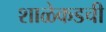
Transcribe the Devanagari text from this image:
शाळेकडची